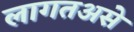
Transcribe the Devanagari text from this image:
लागतअसे